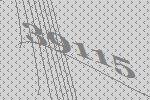
39115